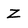
Character: Z